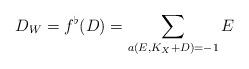
LaTeX: \begin{align*}D_W=f^\flat (D)=\sum_{a(E, K_X+D)=-1} E \end{align*}